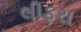
લીફરા